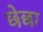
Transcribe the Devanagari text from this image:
छेछा